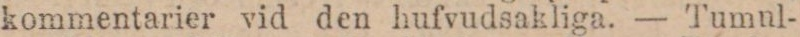
kommentarier vid den hufvudsakliga. — Tumnl-